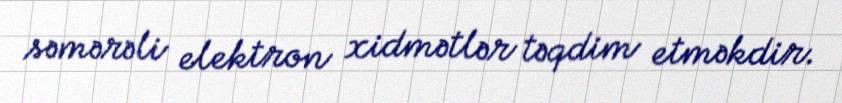
səmərəli elektron xidmətlər təqdim etməkdir.